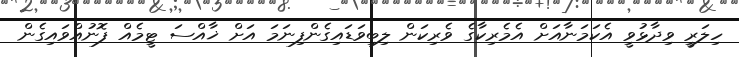
ހިލަރީ ވިދާޅުވީ އެކަމަނާއަށް އެމެރިކާގެ ވެރިކަން ލިބިވަޑައިގެންފިނަމަ އަށް ޚާއްސަ ޓީމެއް ފޮނުއްވައިގެން